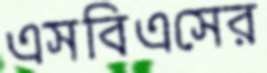
এসবিএসের